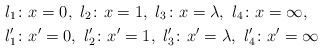
\begin{align*}l_1\colon & x=0,\ l_2\colon x=1,\ l_3\colon x=\lambda,\ l_4\colon x=\infty, \\l'_1\colon & x'=0,\ l'_2\colon x'=1,\ l'_3\colon x'=\lambda,\ l'_4\colon x'=\infty\end{align*}